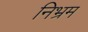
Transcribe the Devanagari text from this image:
निभ्रम